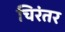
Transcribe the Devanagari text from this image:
चिरंतर